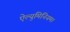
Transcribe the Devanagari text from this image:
ऐल्युमिनियम।